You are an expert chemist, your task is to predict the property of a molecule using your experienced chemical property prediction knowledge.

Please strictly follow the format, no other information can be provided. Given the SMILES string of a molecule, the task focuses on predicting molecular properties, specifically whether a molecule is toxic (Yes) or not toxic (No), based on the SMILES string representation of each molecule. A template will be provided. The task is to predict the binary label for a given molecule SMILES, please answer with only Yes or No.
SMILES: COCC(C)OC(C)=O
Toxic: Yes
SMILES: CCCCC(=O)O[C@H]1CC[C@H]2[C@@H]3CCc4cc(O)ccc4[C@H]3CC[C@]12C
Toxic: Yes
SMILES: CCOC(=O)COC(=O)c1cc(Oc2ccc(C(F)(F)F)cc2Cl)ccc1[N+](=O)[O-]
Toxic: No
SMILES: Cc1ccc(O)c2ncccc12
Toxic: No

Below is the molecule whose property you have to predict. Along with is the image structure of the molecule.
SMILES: CCCCCCOC(=O)c1cccnc1
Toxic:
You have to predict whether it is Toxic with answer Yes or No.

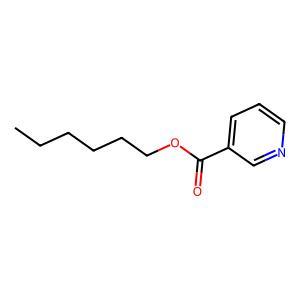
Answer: No